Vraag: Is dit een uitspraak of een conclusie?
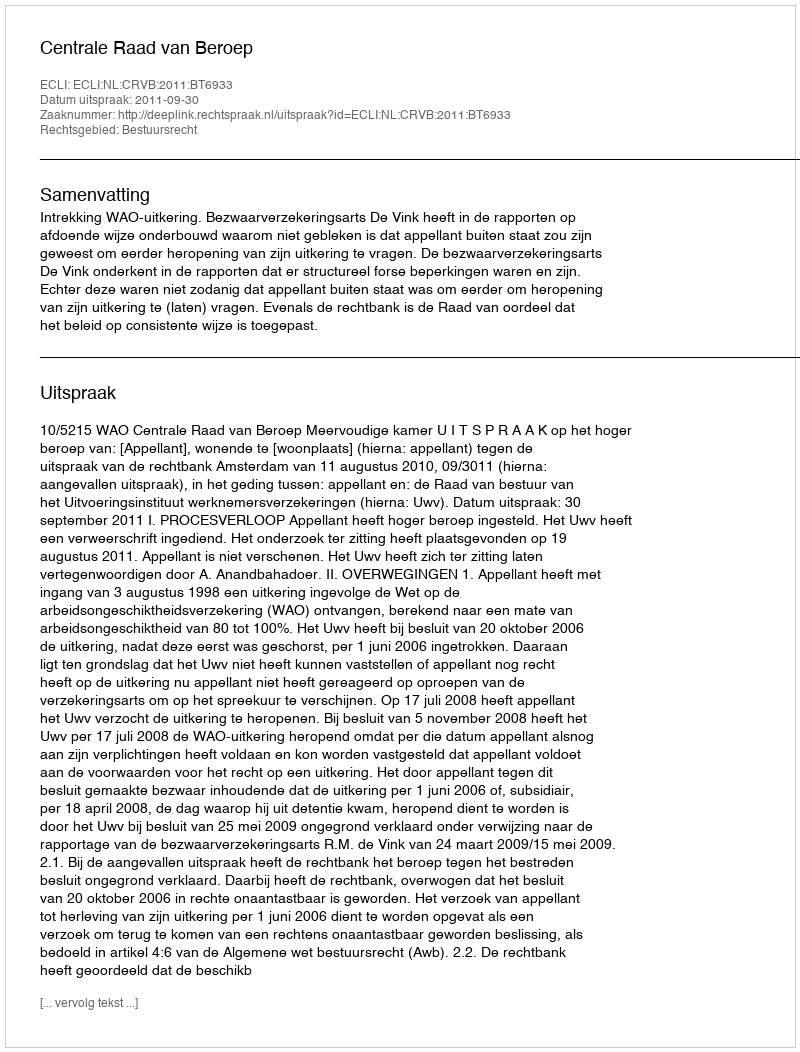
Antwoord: Uitspraak